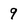
Character: 9